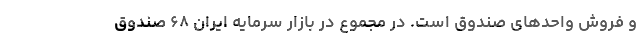
و فروش واحدهای صندوق است. در مجموع در بازار سرمایه ایران ۶۸ صندوق